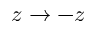
z \rightarrow - z